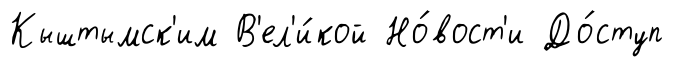
Кыштымск'им В'ел'и́кой Но́вост'и До́ступ